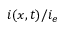
i ( x , t ) / i _ { e }